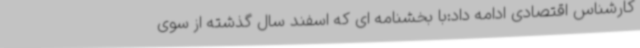
کارشناس اقتصادی ادامه داد:با بخشنامه ای که اسفند سال گذشته از سوی